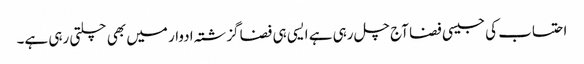
احتساب کی جیسی فضا آج چل رہی ہے ایسی ہی فضا گزشتہ ادوار میں بھی چلتی رہی ہے۔